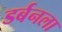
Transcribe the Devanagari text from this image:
डर्बनला